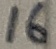
Text: 16